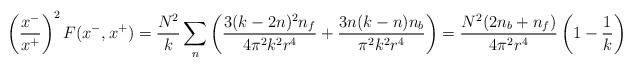
LaTeX: \begin{align*}\left({x^- \over x^+ }\right)^2 F(x^-,x^+) ={N^2 \over k} \sum_n \left( {3 (k-2 n)^2 n_f \over 4 \pi^2 k^2 r^4}+ {3 n (k-n) n_b \over \pi^2 k^2 r^4}\right) = {N^2(2 n_b + n_f) \over 4\pi^2 r^4}\left(1 - {1 \over k}\right)\end{align*}